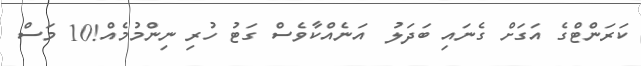
ކަރަންޓްގެ އަގަށް ގެނައި ބަދަލު  އަނެއްކާވެސް ގަޓު ހުރި ނިންމުމެއް!10 މަސް